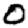
Digit: 0